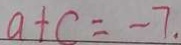
a + c = - 7 .